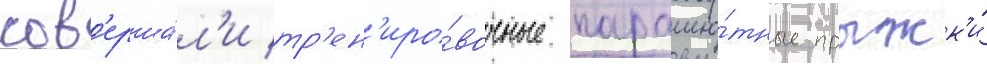
сов'ерша́л'и тр'ен'иро́вочные парашю́тные прыжк'и́